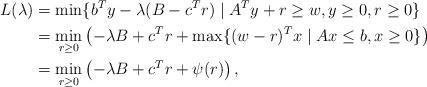
LaTeX: \begin{align*}\begin{aligned}L(\lambda) &= \min\{b^T y - \lambda(B-c^T r)\mid A^T y + r \geq w, y\geq 0, r\geq 0\}\\ &=\min_{r\geq 0}\left(-\lambda B + c^T r + \max\{(w-r)^T x \mid Ax\leq b, x\geq 0\}\right)\\ &=\min_{r\geq 0} \left(-\lambda B + c^T r +\psi(r)\right),\end{aligned}\end{align*}